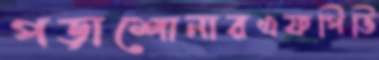
পড়াশোনারএফপিভি